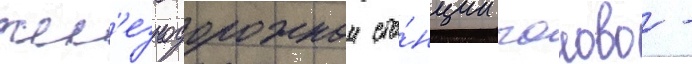
жел'езнодорожнои ста́нции чолово -